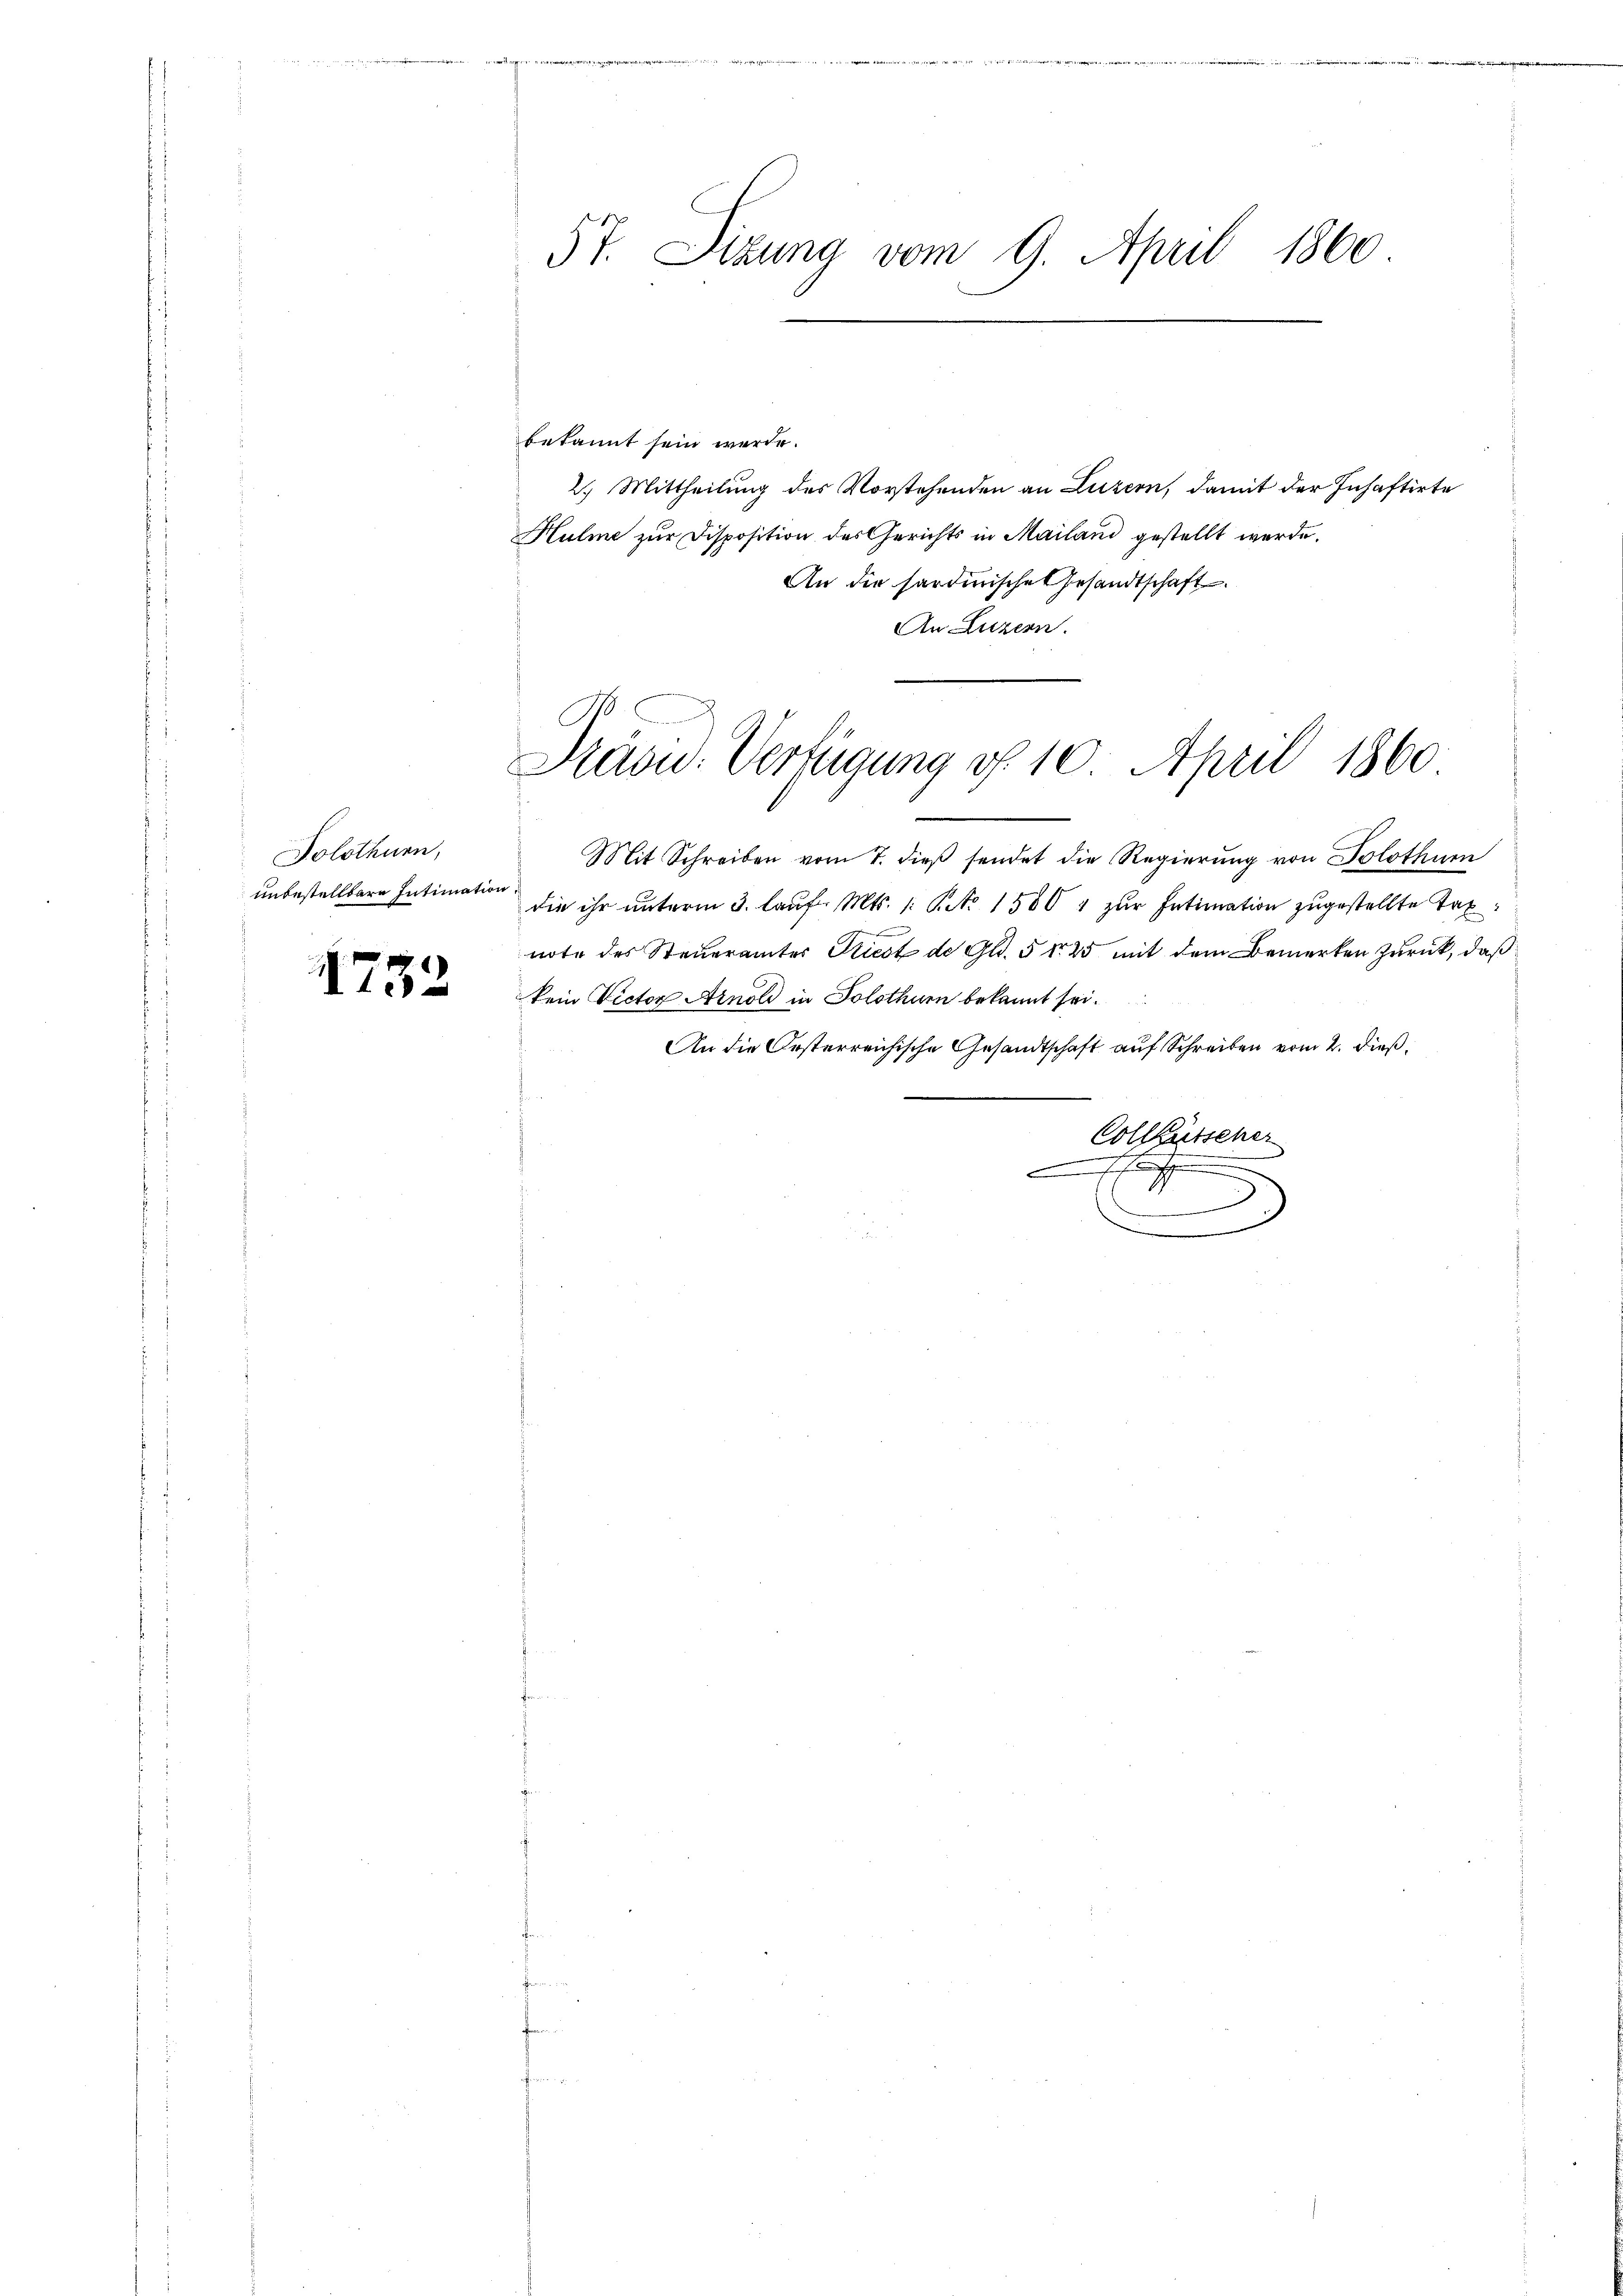
Solothurn,
unbestellbare Intimation.

1752

bekannt sein werde.
2.) Mittheilung des Vorstehenden an Luzern, damit der Inhaftirte
Hulme zur Disposition des Gerichts in Mailand gestellt werde.
An die sardinische Gesandtschaft.
An Luzern.

57. Sizung vom 9. April 1860

G.
Saow. Verfügung d. 10. April 1860

Mit Schreiben vom 7. dieβ sendet die Regierung von Solothur
die ihr unterm 3. lauf. Mts. 1 Pct. 1500 & zur Intimation zugestellte Taxnote des Steueramtes Kiest de Gl. 5 No 25 mit dem Bemerken zurück, daß
kein Victor Arnold in Solothur bekannt sei.

An die Oesterreichische Gesandtschaft auf Schreiben vom 2. dieß,
Collausseher
xx
.